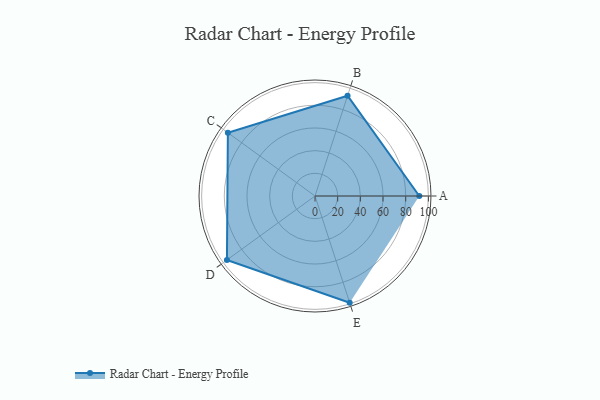
{"axis": {"x": "Skill", "y": "Score"}, "legend": ["Profile"], "data": [{"x": "A", "y": 92.0, "type": "Profile"}, {"x": "B", "y": 93.0, "type": "Profile"}, {"x": "C", "y": 95.0, "type": "Profile"}, {"x": "D", "y": 96.0, "type": "Profile"}, {"x": "E", "y": 99, "type": "Profile"}]}